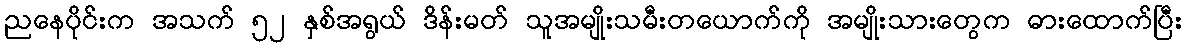
ညနေပိုင်းက အသက် ၅၂ နှစ်အရွယ် ဒိန်းမတ် သူအမျိုးသမီးတယောက်ကို အမျိုးသားတွေက ဓားထောက်ပြီး